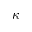
\kappa